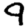
Digit: 9